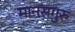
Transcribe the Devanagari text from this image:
मानसगुरु